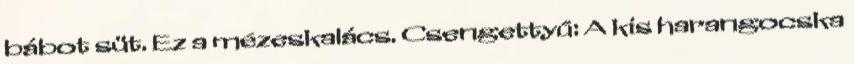
bábot süt. Ez a mézeskalács. Csengettyű: A kis harangocska